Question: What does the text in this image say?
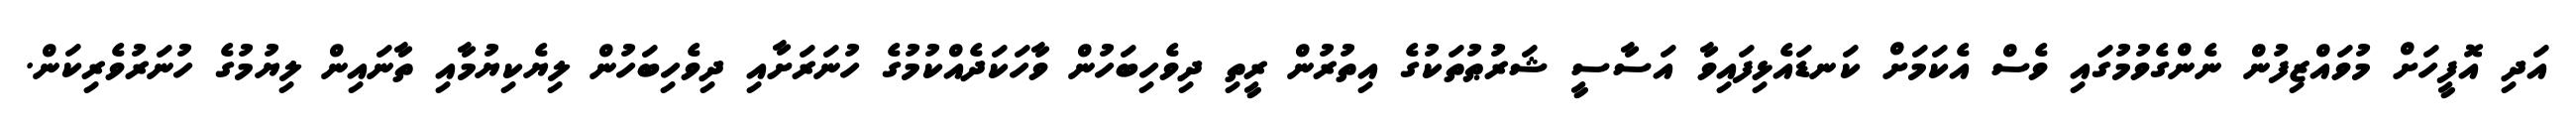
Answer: އަދި އޮފީހަށް މުވައްޒިފުން ނެންގެވުމުގައި ވެސް އެކަމަށް ކަނޑައެޅިފައިވާ އަސާސީ ޝަރުޠުތަކުގެ އިތުރުން ރީތި ދިވެހިބަހުން ވާހަކަދެއްކުމުގެ ހުނަރަށާއި ދިވެހިބަހުން ލިޔެކިޔުމާއި ތާނައިން ލިޔުމުގެ ހުނަރުވެރިކަން.